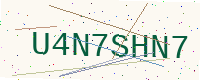
Text: U4N7SHN7